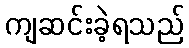
ကျဆင်းခဲ့ရသည်